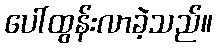
ပေါ်ထွန်းလာခဲ့သည်။